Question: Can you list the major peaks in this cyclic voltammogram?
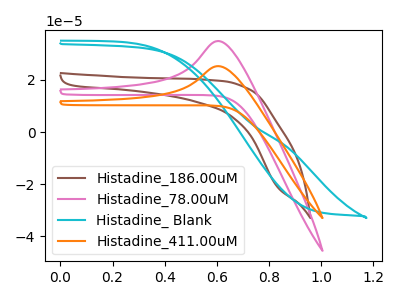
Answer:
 <answer>The brown curve "Histadine_186.00uM" has no peaks. The pink curve "Histadine_78.00uM" has an anodic peak at: (0.60V, 34.95uA). The cyan curve "Histadine_ Blank" has no peaks. The orange curve "Histadine_411.00uM" has an anodic peak at: (0.60V, 25.35uA).</answer>
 <eval></eval>